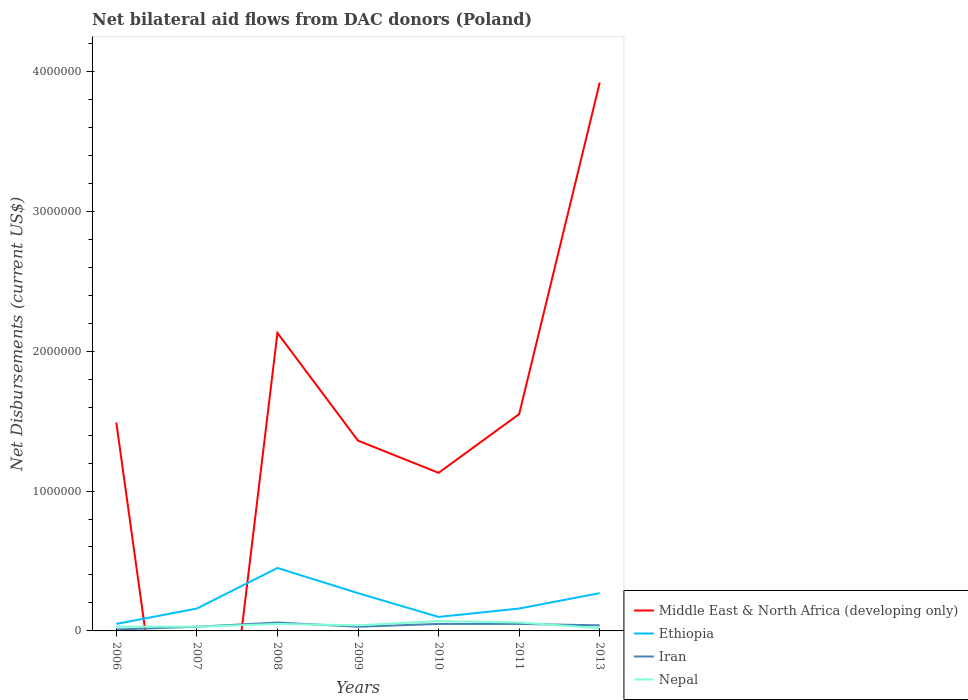
| Years | Middle East & North Africa (developing only) | Ethiopia | Iran | Nepal |
 | --- | --- | --- | --- | --- |
 | 2006 | 1.49e+06 | 5e+04 | 1e+04 | 3e+04 |
 | 2007 | -2.65e+06 | 1.6e+05 | 3e+04 | 3e+04 |
 | 2008 | 2.13e+06 | 4.5e+05 | 6e+04 | 5e+04 |
 | 2009 | 1.36e+06 | 2.7e+05 | 3e+04 | 4e+04 |
 | 2010 | 1.13e+06 | 1e+05 | 5e+04 | 7e+04 |
 | 2011 | 1.55e+06 | 1.6e+05 | 5e+04 | 6e+04 |
 | 2013 | 3.92e+06 | 2.7e+05 | 4e+04 | 2e+04 |